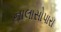
નાલાસોપારા